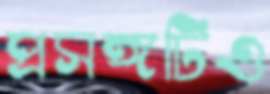
প্রসঙ্গটিও